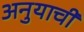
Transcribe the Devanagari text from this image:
अनुयाची